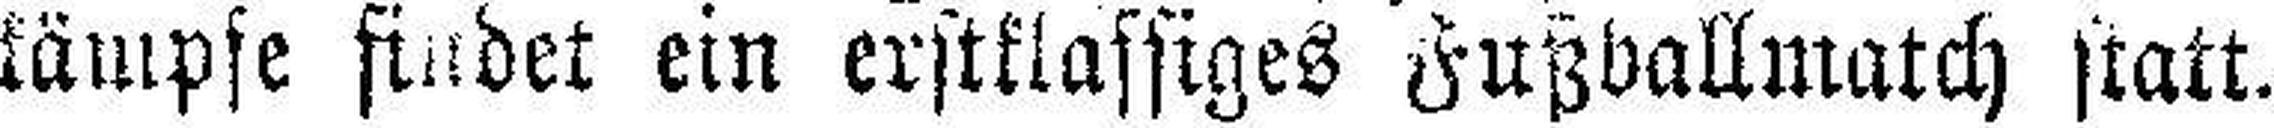
kämpfe findet ein erstklassiges Fußballmatch statt.